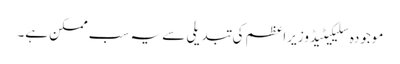
موجودہ سلیکیٹیڈ وزیراعظم کی تبدیلی سے یہ سب ممکن ہے۔